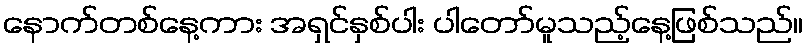
နောက်တစ်နေ့ကား အရှင်နှစ်ပါး ပါတော်မူသည့်နေ့ဖြစ်သည်။